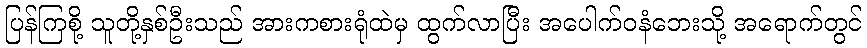
ပြန်ကြစို့ သူတို့နှစ်ဦးသည် အားကစားရုံထဲမှ ထွက်လာပြီး အပေါက်ဝနံဘေးသို့ အရောက်တွင်